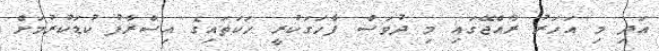
އަދި މި އަހަރު ރާއްޖޭގައި މި ދުވަސް ފާހަގަކުރީ ހަކަތައިގެ އިސްރާފު ކުޑަކުރުމަށް